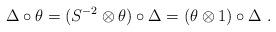
LaTeX: \begin{align*}\Delta\circ \theta=(S^{-2}\otimes \theta)\circ \Delta=(\theta\otimes 1)\circ \Delta \ .\end{align*}